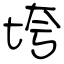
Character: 垮